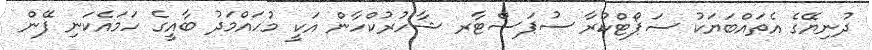
ދުނިޔޭގެ އެތައްބަޔަކު ސަޕޯޓްކުރާ ސުޕަސްޓާރ ޝާހުރުކްހާން އަކީ މުހައްމަދު ބާއީގެ ހަމައެކަނި ފޭން